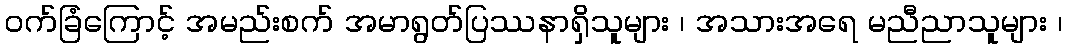
ဝက်ခြံကြောင့် အမည်းစက် အမာရွတ်ပြဿနာရှိသူများ ၊ အသားအရေ မညီညာသူများ ၊